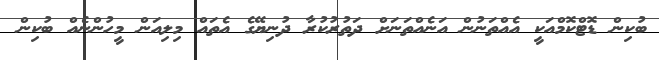
ބުކިން ޑޮޓްކޮމްއަކީ އެއްތަނުން އަނެއްތަނަށް ދަތުރުކުރާ ދުނިޔޭގެ އެތައް މިލިއަން މީހުންނެއް ބުކިން